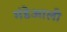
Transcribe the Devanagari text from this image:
मंडेआली